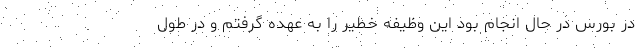
در بورس در حال انجام بود این وظیفه خطیر را به عهده گرفتم و در طول